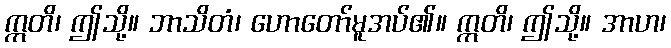
ဣတိ၊ ဤသို့။ ဘာသိတံ၊ ဟောတော်မူအပ်၏။ ဣတိ၊ ဤသို့။ အာဟ၊